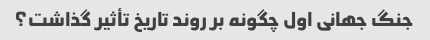
جنگ جهانی اول چگونه بر روند تاریخ تأثیر گذاشت؟